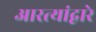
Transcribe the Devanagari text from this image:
आरत्यांद्वारे